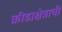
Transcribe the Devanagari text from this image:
क्रीडाक्षेत्राची